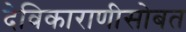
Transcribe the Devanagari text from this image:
देविकाराणीसोबत